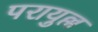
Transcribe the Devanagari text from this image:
परायुल्ल